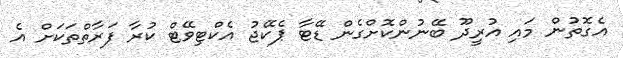
އެގޮތުން މައި އުރީދޫ ބޭނުންކޮށްގެން ޑޭޓާ ޕެކޭޖު އެކްޓިވޭޓް ކުރާ ފަރާތްތަކަށް އެ